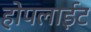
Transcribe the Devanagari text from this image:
होपलाईट